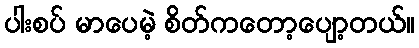
ပါးစပ် မာပေမဲ့ စိတ်ကတော့ပျော့တယ်။